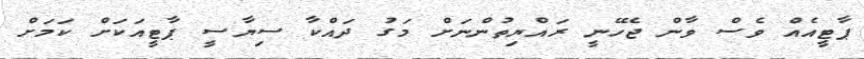
ޕާޓީއެއް ވެސް ވާން ޖެހޭނީ ރައްޔިތުންނަށް މަގު ދައްކާ ސިޔާސީ ޕާޓީއަކަށް ކަމަށް